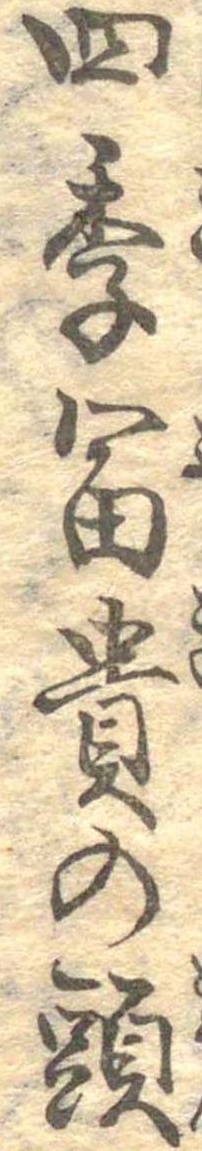
四季富貴の頭